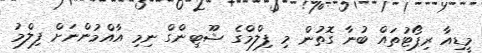
މީޑިއާ ރިޕޯޓުތައް ބުނާ ގޮތުން މި ފިލްމްގެ ޝޫޓިންގް ނިމި އާއްމުންނަށް ފިލްމު